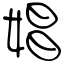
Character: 娼